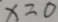
x = 0